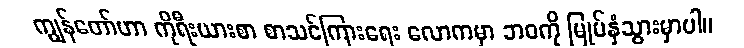
ကျွန်တော်ဟာ ကိုရီးယားစာ စာသင်ကြားရေး လောကမှာ ဘဝကို မြုပ်နှံသွားမှာပါ။